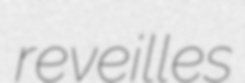
reveilles